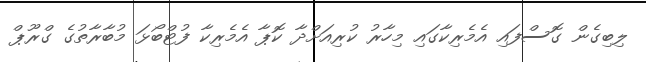
ލިބިގެން ގޮސްފައި އެމެރިކާގައި މިހާރު ކުރިއަށްދާ ކޮޕާ އެމެރިކާ ފުޓްބޯޅަ މުބާރާތުގެ ގްރޫޕް